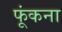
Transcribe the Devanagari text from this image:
फूंकना